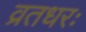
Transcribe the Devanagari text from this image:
व्रतधरः